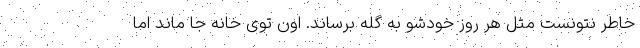
خاطر نتونست مثل هر روز خودشو به گله برساند. اون توی خانه جا ماند اما